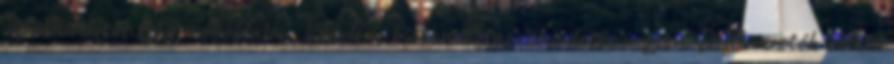
aprohirdetes.BIZ weboldalon. Védelem, biztonság apróhirdetés ingyen. DSC vezeték nélküli